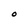
Character: O